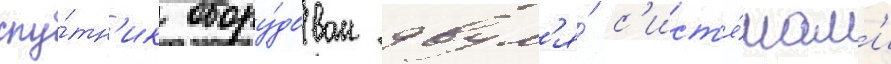
спу́тн'ик обору́дован двум'я́ с'ист'е́мам'и